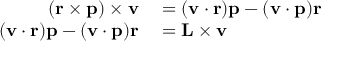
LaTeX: \begin{array} { r l } { ( \mathbf { r } \times \mathbf { p } ) \times \mathbf { v } } & { { } = ( \mathbf { v } \cdot \mathbf { r } ) \mathbf { p } - ( \mathbf { v } \cdot \mathbf { p } ) \mathbf { r } } \\ { ( \mathbf { v } \cdot \mathbf { r } ) \mathbf { p } - ( \mathbf { v } \cdot \mathbf { p } ) \mathbf { r } } & { { } = \mathbf { L } \times \mathbf { v } } \end{array}